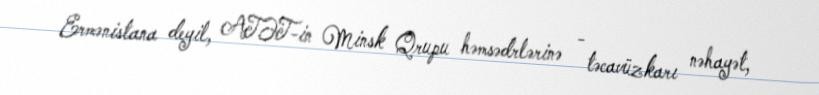
Ermənistana deyil, ATƏT-in Minsk Qrupu həmsədrlərinə - təcavüzkarı nəhayət,